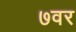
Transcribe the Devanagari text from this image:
७वर